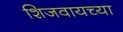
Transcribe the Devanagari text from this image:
शिजवायच्या